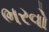
ભરવો